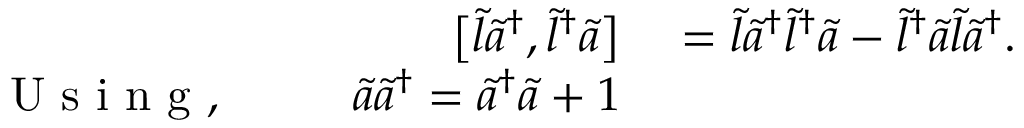
\begin{array} { r l } { \big [ \tilde { l } \tilde { a } ^ { \dagger } , \tilde { l } ^ { \dagger } \tilde { a } \big ] } & { { } = \tilde { l } \tilde { a } ^ { \dagger } \tilde { l } ^ { \dagger } \tilde { a } - \tilde { l } ^ { \dagger } \tilde { a } \tilde { l } \tilde { a } ^ { \dagger } . } \\ { \mathrm { ~ U ~ s ~ i ~ n ~ g ~ , ~ \ensuremath ~ { ~ \quad ~ } ~ } \tilde { a } \tilde { a } ^ { \dagger } = \tilde { a } ^ { \dagger } \tilde { a } + 1 } \end{array}